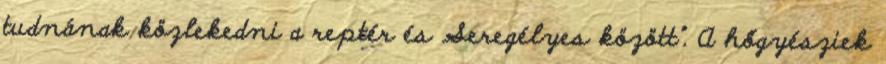
tudnának közlekedni a reptér és Seregélyes között”. A hőgyésziek